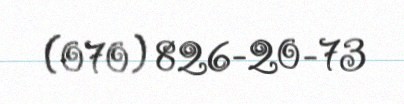
(070) 826-20-73